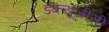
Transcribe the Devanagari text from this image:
डब्ल्यूजीसी